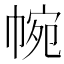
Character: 帵